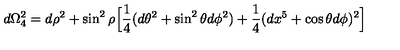
d \Omega _ { 4 } ^ { 2 } = d \rho ^ { 2 } + \sin ^ { 2 } \rho \Big [ { \frac { 1 } { 4 } } ( d \theta ^ { 2 } + \sin ^ { 2 } \theta d \phi ^ { 2 } ) + { \frac { 1 } { 4 } } ( d x ^ { 5 } + \cos \theta d \phi ) ^ { 2 } \Big ]